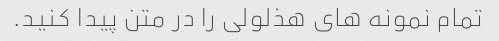
تمام نمونه های هذلولی را در متن پیدا کنید.